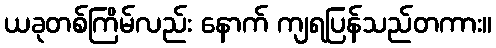
ယခုတစ်ကြိမ်လည်း နောက် ကျရပြန်သည်တကား။